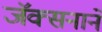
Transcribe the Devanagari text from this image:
जॅक्सनाने